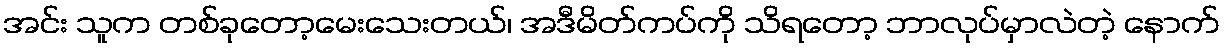
အင်း သူက တစ်ခုတော့မေးသေးတယ်၊ အဒီမိတ်ကပ်ကို သိရတော့ ဘာလုပ်မှာလဲတဲ့ နောက်